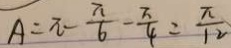
A = \pi - \frac { \pi } { 6 } - \frac { \pi } { 4 } = \frac { \pi } { 1 2 }